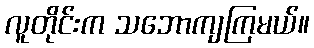
လူတိုင်းက သဘောကျကြမယ်။